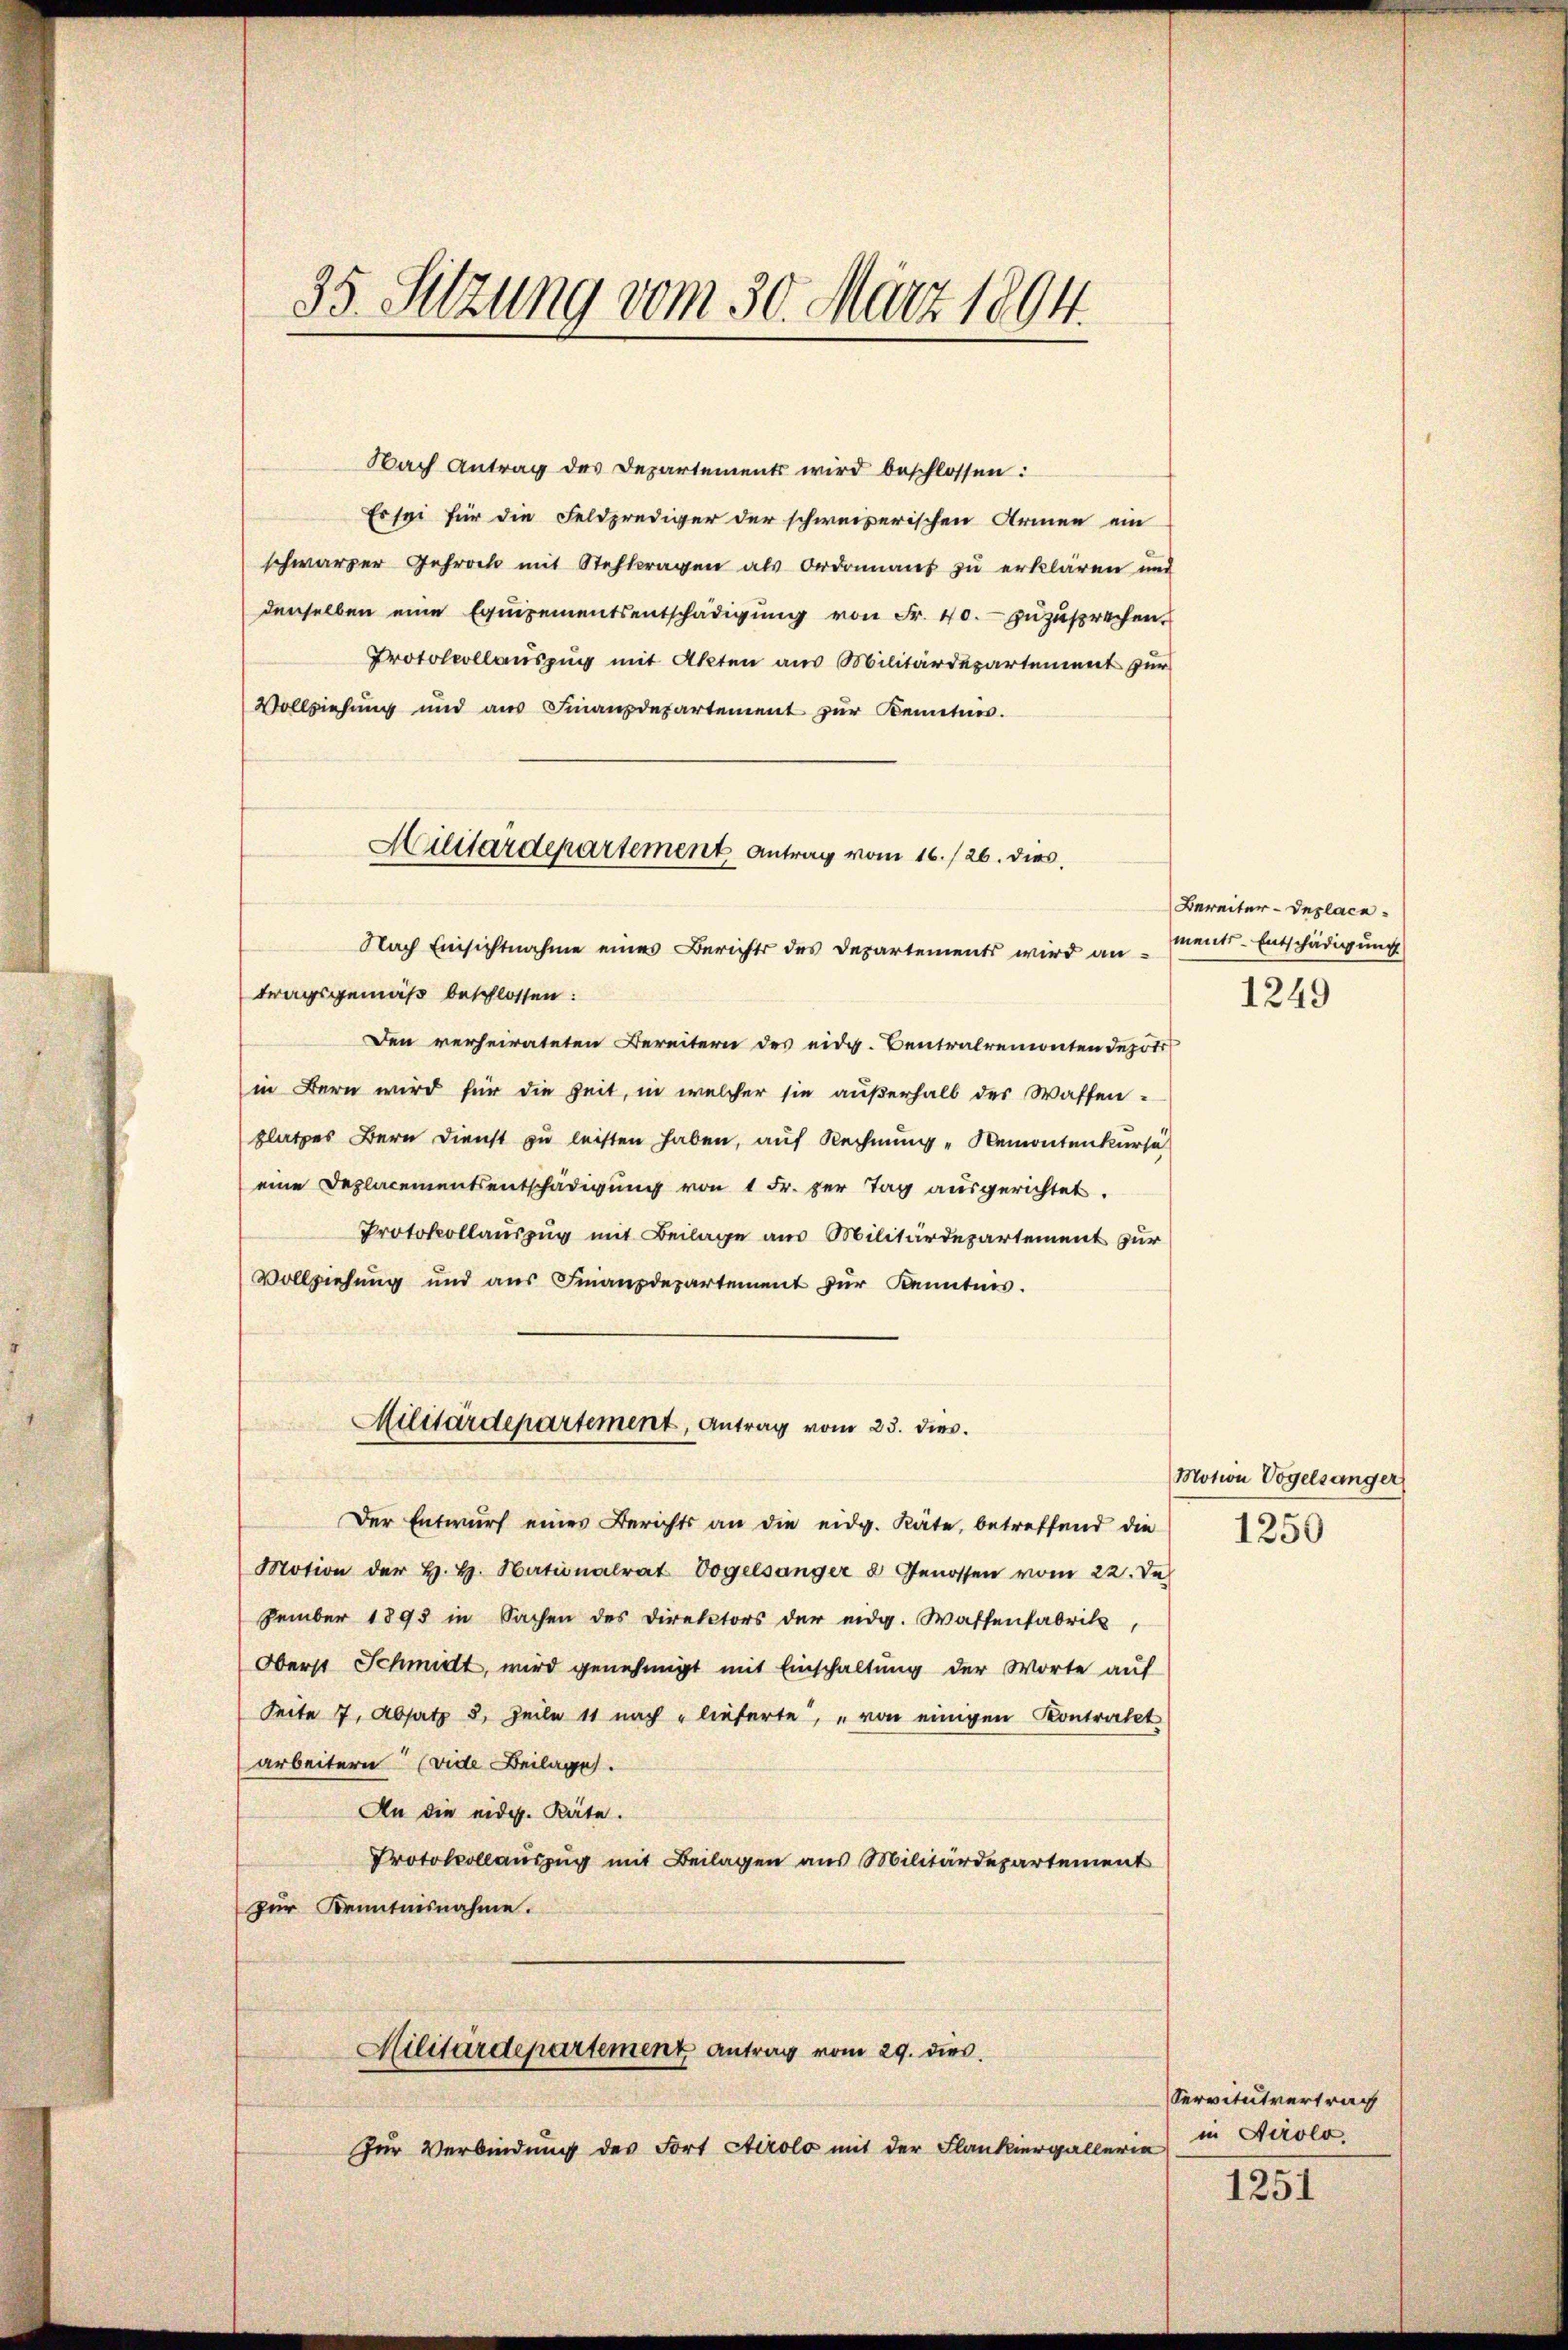
35. Sitzung vom 30. März 1894.

Nach Antrag des Departements wird beschlossen:
Es sei für die Feldprediger der schweizerischen Armen ein
schwarzer Gehrock mit Steftragen als Ordonnant zu erklären und
denselben eine Equipementsentschädigung von Fr. 40. zuzusprechen.
Protokollauszug mit Akten am Militärdepartement zur
Vollziehung und aus Finanzdepartement zur Kentner.
Militärdepartement Antrag vom 16./26. dies,

Militärdepartement, Antrag vom 23. dies

Nach Einsichtnahme eines Berichts des Departements wird an ments-Entschädigung
tragsgemäß beschlossen:
Den verheirateten Bereitern des eidg. Centralremonten depotr
in Bern wird für die Zeit, in welcher sie außerhalb des Waffen-
platzes Bern Dienst zu leisten haben, auf Rechnung "Remontenkurse
eine Deplacementsentschädigung von 1 Fr. per Tag ausgerichtet.
Protokollauszug mit Beilage am Militärdepartement zur
Vollziehung und aus Finanzdepartement zur Kenntnis.
Der Entwurf eines Berichts an die eidg. Räte, betreffend die
Motion der H. H. Nationalrat Vogelsanger 8 Genossen vom 22. Je
zember 1893 in Sachen des Direktors der eidg. Wassenfabrik,
Oberst Schmidt, wird genehmigt mit Einschaltung der Worte auf
Seite 7, Absatz 3. Zeile 11 nach lieferte, „von einigen Kontratet
arbeitern (vide Beilage.
An die eidg. Räte.
Protokollauszug mit Beilagen aus Militärdepartement
zur Kenntnisnahme.
Militärdepartemenz Antrag vom 29. dies
Zur Verbindung des Fort Airolo mit der Flankiergallerin

Bereiter-Deplace.
1249

Motion Vogelsanger
1250

1251

Servitutvertrag
in Airolo.